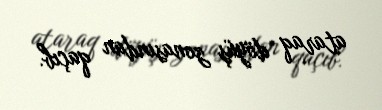
ataraq döyüş zonasından qaçıb.